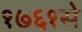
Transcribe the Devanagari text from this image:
१७६१से